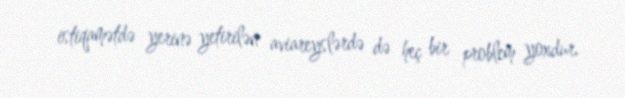
istiqamətdə yerinə yetirilən aviareyslərdə də heç bir problem yoxdur.